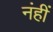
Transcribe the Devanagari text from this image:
नंहीं